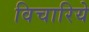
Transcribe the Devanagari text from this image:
विचारिये